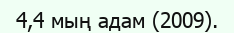
4,4 мың адам (2009).